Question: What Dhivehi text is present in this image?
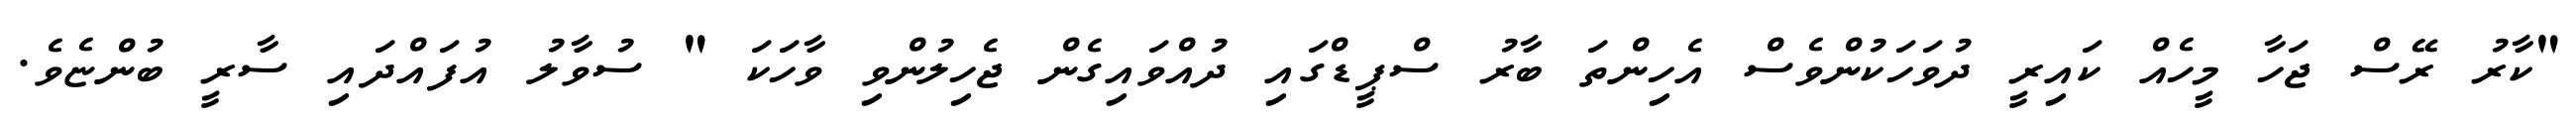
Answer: "ކާރު ރޭސް ޖަހާ މީހެއް ކައިރީ ދުވަހަކުންވެސް އެހިންތަ ބާރު ސްޕީޑްގައި ދުއްވައިގެން ޖެހިލުންވި ވާހަކަ " ސުވާލު އުފައްދައި ސާރީ ބުންޏެވެ.